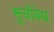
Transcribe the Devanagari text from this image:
सूचीवेध